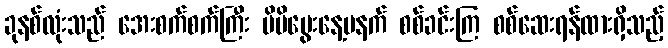
ခုနစ်လုံးသည် အေးစက်စက်ကြီး မိမိမွေးနေ့မနက် စစ်ခင်းကြ စစ်ဆေးရန်ထားရှိသည့်